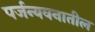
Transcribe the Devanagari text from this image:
पर्जन्यवनातील